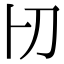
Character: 𠚬